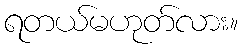
ရတယ်မဟုတ်လား။